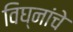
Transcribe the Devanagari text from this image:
विघ्नांचे